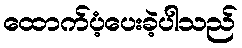
ထောက်ပံ့ပေးခဲ့ပါသည်